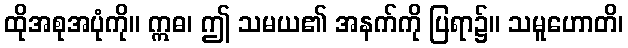
ထိုအစုအပုံကို။ ဣဓ၊ ဤ သမယ၏ အနက်ကို ပြရာ၌။ သမူဟောတိ၊